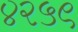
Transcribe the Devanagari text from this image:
४२५९